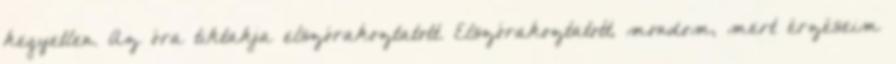
kegyetlen. Az óra tiktakja elszórakoztatott. Elszórakoztatott, mondom, mert érzéseim